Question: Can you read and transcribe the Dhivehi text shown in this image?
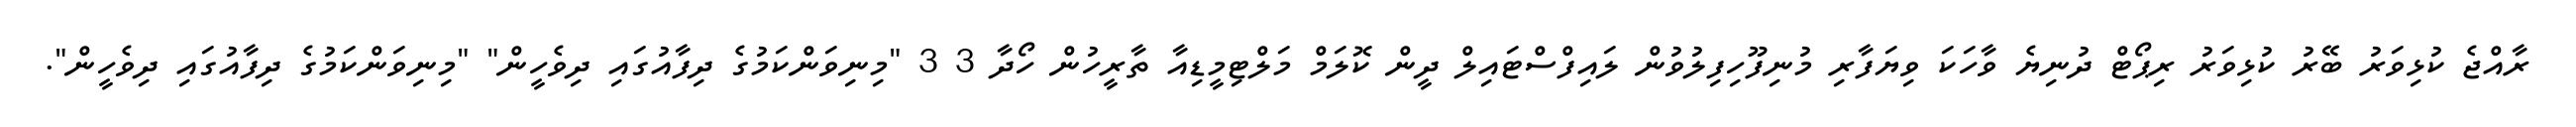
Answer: ރާއްޖެ ކުޅިވަރު ބޭރު ކުޅިވަރު ރިޕޯޓް ދުނިޔެ ވާހަކަ ވިޔަފާރި މުނިފޫހިފިލުވުން ލައިފްސްޓައިލް ދީން ކޮލަމް މަލްޓިމީޑިއާ ތާރީހުން ހޯދާ 3 3 "މިނިވަންކަމުގެ ދިފާއުގައި ދިވެހީން" "މިނިވަންކަމުގެ ދިފާއުގައި ދިވެހީން".